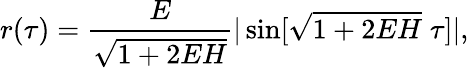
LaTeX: r(\tau)=\frac{E}{\sqrt{1+2EH}}|\sin[\sqrt{1+2EH}\; \tau]|,